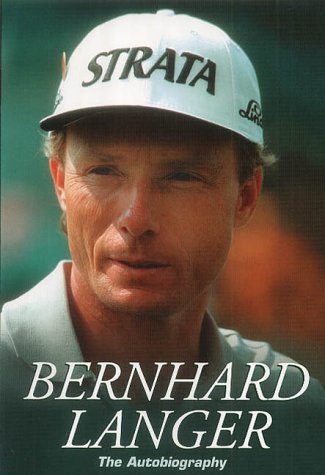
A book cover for Bernhard Langer: The Autobiography; Bernhard Langer; Biographies & Memoirs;